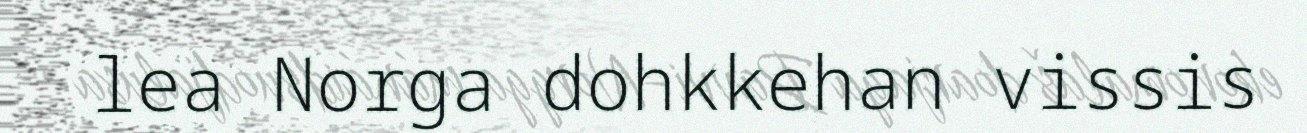
lea Norga dohkkehan vissis